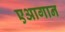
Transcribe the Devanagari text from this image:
एआगान